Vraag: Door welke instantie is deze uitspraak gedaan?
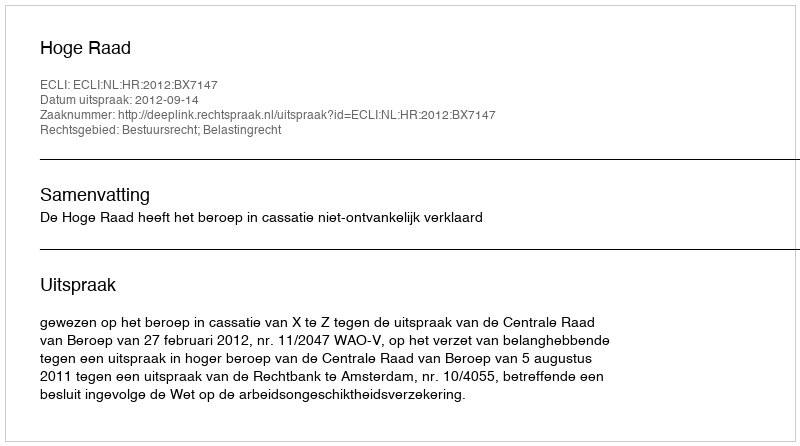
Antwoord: Hoge Raad